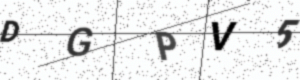
Text: DGPV5